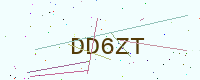
Text: DD6ZT